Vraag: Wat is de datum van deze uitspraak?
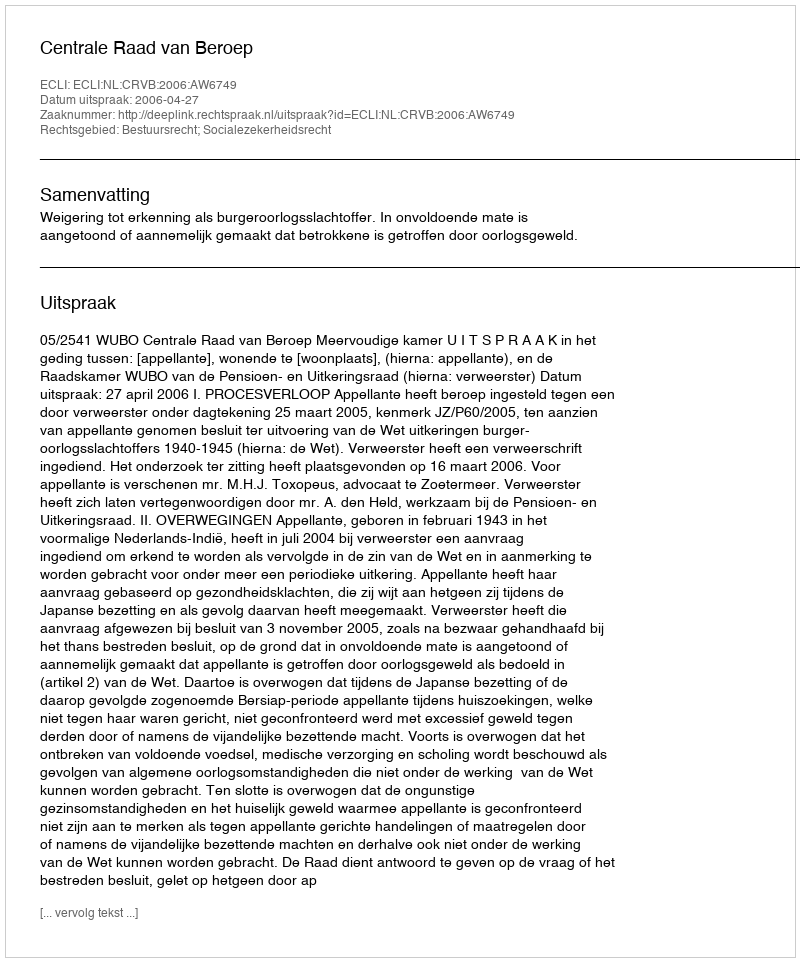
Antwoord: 2006-04-27